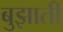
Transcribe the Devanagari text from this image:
बुझाती